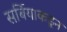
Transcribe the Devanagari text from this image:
सर्बियाकडून